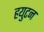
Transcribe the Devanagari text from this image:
हयुटन